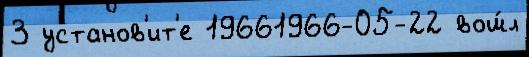
3 установ'ит'е 19661966-05-22 вош́л